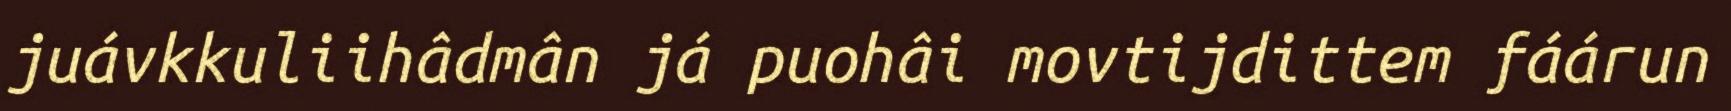
juávkkuliihâdmân já puohâi movtijdittem fáárun